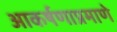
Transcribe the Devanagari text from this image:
आकर्षणाप्रमाणे